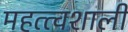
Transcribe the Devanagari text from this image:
महत्त्वशाली